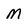
Character: M